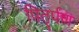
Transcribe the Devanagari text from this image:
पितृर्पण